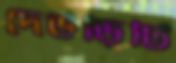
দেউড়িটি